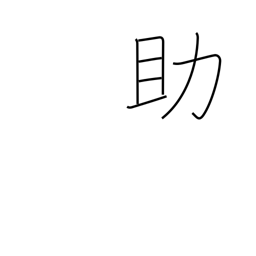
Meaning: assist